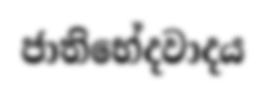
ජාතිභේදවාදය